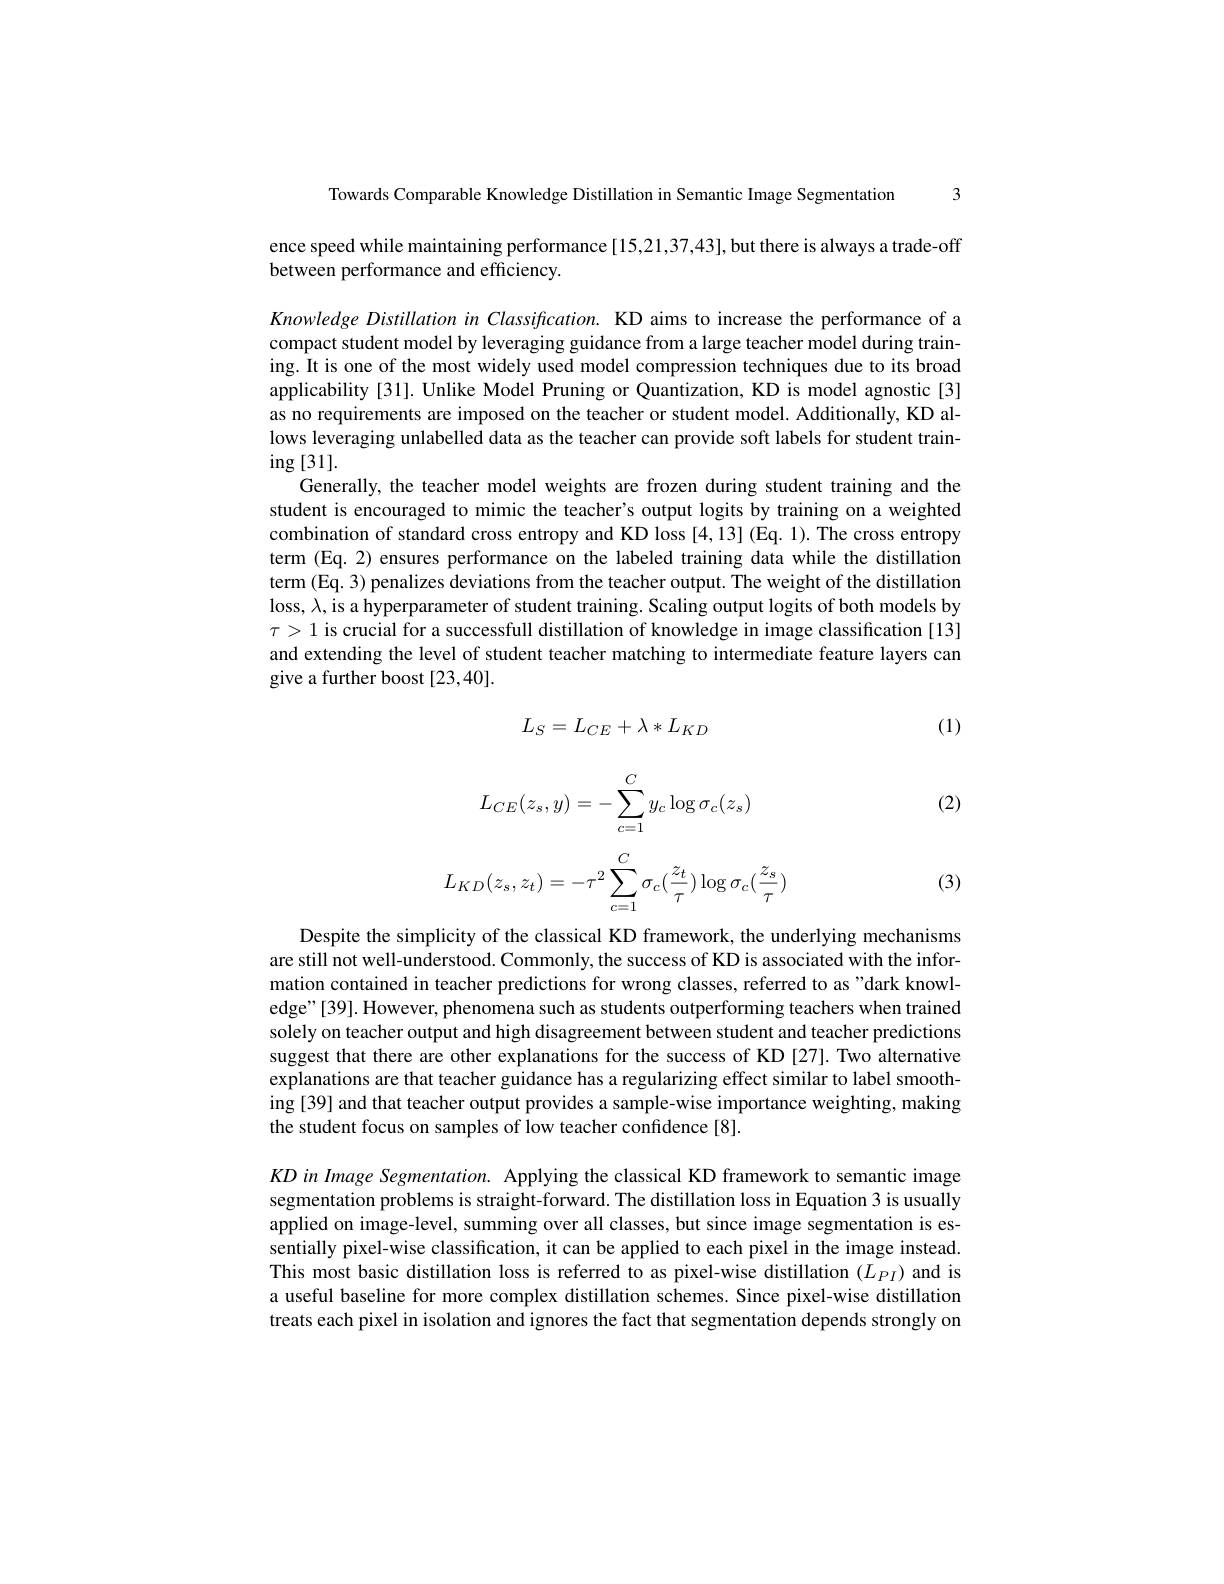
Towards Comparable Knowledge Distillation in Semantic Image Segmentation 3

ence speed while maintaining performance [15,21,37,43], but there is always a trade-off
between performance and efficiency.

Knowledge Distillation in Classification. KD aims to increase the performance of a compact student model by leveraging guidance from a large teacher model during training. It is one of the most widely used model compression techniques due to its broad applicability [31]. Unlike Model Pruning or Quantization, KD is model agnostic[3] as no requirements are imposed on the teacher or student model. Additionally, KD allows leveraging unlabelled data as the teacher can provide soft labels for student train- $\operatorname{ing}[31].$
Generally, the teacher model weights are frozen during student training and the student is encouraged to mimic the teacher's output logits by training on a weighted combination of standard cross entropy and KD loss [4,13] (Eq. 1). The cross entropy term (Eq. 2) ensures performance on the labeled training data while the distillation term (Eq. 3) penalizes deviations from the teacher output. The weight of the distillation loss, $\lambda$, is a hyperparameter of student training. Scaling output logits of both models by $\tau>1$ is crucial for a successfull distillation of knowledge in image classification [13] and extending the level of student teacher matching to intermediate feature layers can give a further boost [23,40].

(1)

(2)
$$L_{S}=L_{CE}+\lambda*L_{KD}$$
$$L_{CE}(z_s,y)=-\sum_{c=1}^Cy_c\log\sigma_c(z_s)$$
$$\begin{aligned}L_{KD}(z_s,z_t)=-\tau^2\sum_{c=1}^C\sigma_c(\frac{z_t}{\tau})\log\sigma_c(\frac{z_s}{\tau})\end{aligned}$$
(3)

Despite the simplicity of the classical KD framework, the underlying mechanisms are still not well-understood. Commonly, the success of KD is associated with the information contained in teacher predictions for wrong classes, referred to as"dark knowledge"[39]. However, phenomena such as students outperforming teachers when trained solely on teacher output and high disagreement between student and teacher predictions suggest that there are other explanations for the success of KD [27]. Two alternative explanations are that teacher guidance has a regularizing effect similar to label smoothing [39] and that teacher output provides a sample-wise importance weighting, making the student focus on samples of low teacher confidence[8].

$KD$ in Image Segmentation. Applying the classical KD framework to semantic image segmentation problems is straight-forward. The distillation loss in Equation 3 is usually applied on image-level, summing over all classes, but since image segmentation is essentially pixel-wise classification, it can be applied to each pixel in the image instead. This most basic distillation loss is referred to as pixel-wise distillation $(L_{PI})$ and is a useful baseline for more complex distillation schemes. Since pixel-wise distillation treats each pixel in isolation and ignores the fact that segmentation depends strongly on